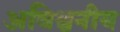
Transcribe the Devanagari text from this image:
अविश्वनीय